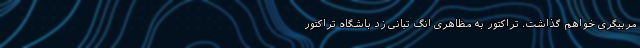
مربیگری خواهم گذاشت. تراکتور به مظاهری انگ تبانی زد باشگاه تراکتور